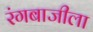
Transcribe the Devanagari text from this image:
रंगबाजीला